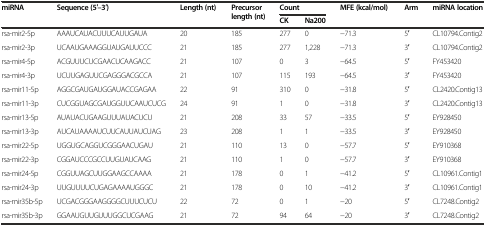
<table><thead><tr><td rowspan="2"><b>miRNA</b></td><td rowspan="2"><b>Sequence (5′–3′)</b></td><td rowspan="2"><b>Length (nt)</b></td><td rowspan="2"><b>Precursor length (nt)</b></td><td colspan="2"><b>Count</b></td><td rowspan="2"><b>MFE (kcal/mol)</b></td><td rowspan="2"><b>Arm</b></td><td rowspan="2"><b>miRNA location</b></td></tr><tr><td><b>CK</b></td><td><b>Na200</b></td></tr></thead><tbody><tr><td>rsa-mir2-5p</td><td>AAAUCAUACUUUCAUUGAUA</td><td>20</td><td>185</td><td>277</td><td>0</td><td>−71.3</td><td>5′</td><td>CL10794.Contig2</td></tr><tr><td>rsa-mir2-3p</td><td>UCAAUGAAAGGUAUGAUUCCC</td><td>21</td><td>185</td><td>277</td><td>1,228</td><td>−71.3</td><td>3′</td><td>CL10794.Contig2</td></tr><tr><td>rsa-mir4-5p</td><td>ACGUUUCUCGAACUCAAGACC</td><td>21</td><td>107</td><td>0</td><td>3</td><td>−64.5</td><td>5′</td><td>FY453420</td></tr><tr><td>rsa-mir4-3p</td><td>UCUUGAGUUCGAGGGACGCCA</td><td>21</td><td>107</td><td>115</td><td>193</td><td>−64.5</td><td>3′</td><td>FY453420</td></tr><tr><td>rsa-mir11-5p</td><td>AGGCGAUGAUGGAUACCGAGAA</td><td>22</td><td>91</td><td>310</td><td>0</td><td>−31.8</td><td>5′</td><td>CL2420.Contig13</td></tr><tr><td>rsa-mir11-3p</td><td>CUCGGUAGCGAUGGUUCAAUCUCG</td><td>24</td><td>91</td><td>1</td><td>0</td><td>−31.8</td><td>3′</td><td>CL2420.Contig13</td></tr><tr><td>rsa-mir13-5p</td><td>AUAUACUGAAGUUUAUACUCU</td><td>21</td><td>208</td><td>33</td><td>57</td><td>−33.5</td><td>5′</td><td>EY928450</td></tr><tr><td>rsa-mir13-3p</td><td>AUCAUAAAAUCUUCAUUAUCUAG</td><td>23</td><td>208</td><td>1</td><td>1</td><td>−33.5</td><td>3′</td><td>EY928450</td></tr><tr><td>rsa-mir22-5p</td><td>UGGUGCAGGUCGGGAACUGAU</td><td>21</td><td>110</td><td>13</td><td>0</td><td>−57.7</td><td>5′</td><td>EY910368</td></tr><tr><td>rsa-mir22-3p</td><td>CGGAUCCCGCCUUGUAUCAAG</td><td>21</td><td>110</td><td>1</td><td>0</td><td>−57.7</td><td>3′</td><td>EY910368</td></tr><tr><td>rsa-mir24-5p</td><td>CGGUUAGCUUGGAAGCCAAAA</td><td>21</td><td>178</td><td>0</td><td>1</td><td>−41.2</td><td>5′</td><td>CL10961.Contig1</td></tr><tr><td>rsa-mir24-3p</td><td>UUGUUUUCUGAGAAAAUGGGC</td><td>21</td><td>178</td><td>0</td><td>10</td><td>−41.2</td><td>3′</td><td>CL10961.Contig1</td></tr><tr><td>rsa-mir35b-5p</td><td>UCGACGGGAAGGGGCUUUCUCU</td><td>22</td><td>72</td><td>0</td><td>1</td><td>−20</td><td>5′</td><td>CL7248.Contig2</td></tr><tr><td>rsa-mir35b-3p</td><td>GGAAUGUUGUUUGGCUCGAAG</td><td>21</td><td>72</td><td>94</td><td>64</td><td>−20</td><td>3′</td><td>CL7248.Contig2</td></tr></tbody></table>